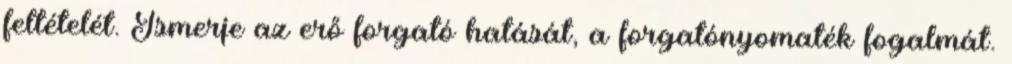
feltételét. Ismerje az erő forgató hatását, a forgatónyomaték fogalmát.